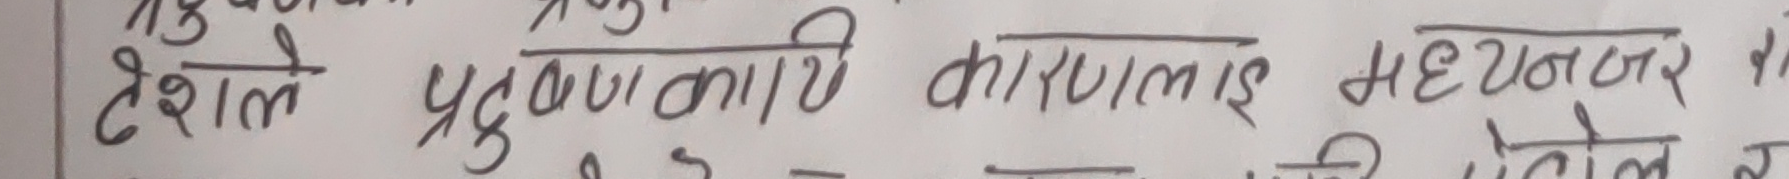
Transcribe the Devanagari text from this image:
टेशले प्रुष्प्रणकारी कार्यालाई मह्यनजर